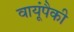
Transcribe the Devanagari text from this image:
वायूंपैकी